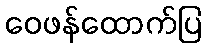
ဝေဖန်ထောက်ပြ